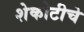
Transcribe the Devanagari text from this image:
शेकोटीचे